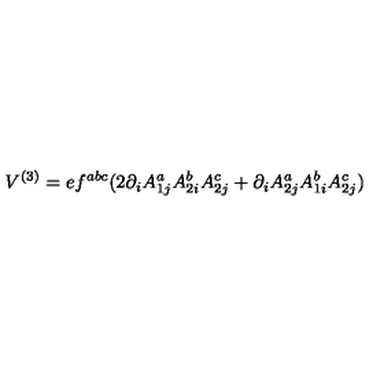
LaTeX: V ^ { ( 3 ) } = e f ^ { a b c } ( 2 \partial _ { i } A _ { 1 j } ^ { a } A _ { 2 i } ^ { b } A _ { 2 j } ^ { c } + \partial _ { i } A _ { 2 j } ^ { a } A _ { 1 i } ^ { b } A _ { 2 j } ^ { c } )